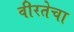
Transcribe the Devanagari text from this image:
वीरतेचा